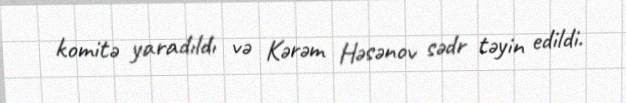
komitə yaradıldı və Kərəm Həsənov sədr təyin edildi.